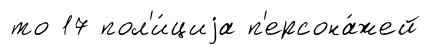
то 17 пол'и́циjа п'ерсона́жей